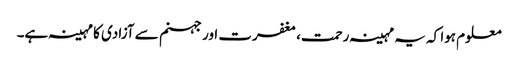
معلوم ہوا کہ یہ مہینہ رحمت، مغفرت اور جہنم سے آزادی کا مہینہ ہے۔